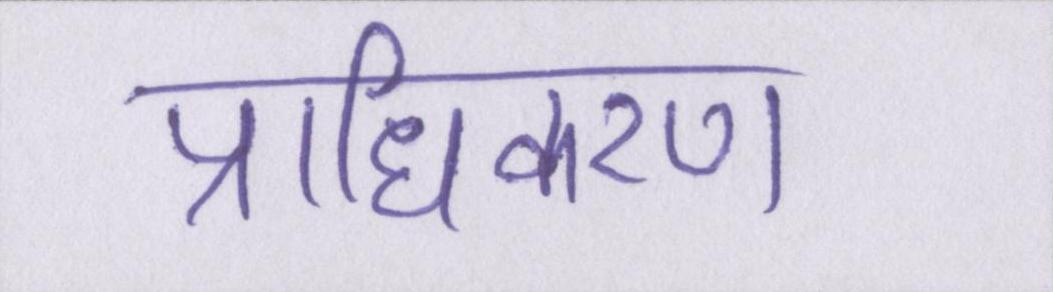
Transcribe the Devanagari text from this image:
प्राधिकरण